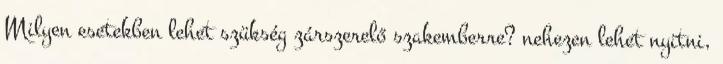
Milyen esetekben lehet szükség zárszerelő szakemberre? nehezen lehet nyitni,